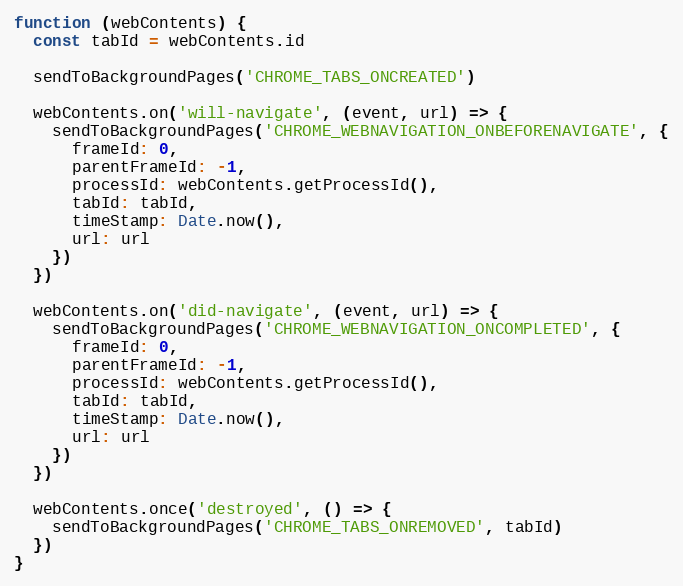
Language: JavaScript
function (webContents) {
  const tabId = webContents.id

  sendToBackgroundPages('CHROME_TABS_ONCREATED')

  webContents.on('will-navigate', (event, url) => {
    sendToBackgroundPages('CHROME_WEBNAVIGATION_ONBEFORENAVIGATE', {
      frameId: 0,
      parentFrameId: -1,
      processId: webContents.getProcessId(),
      tabId: tabId,
      timeStamp: Date.now(),
      url: url
    })
  })

  webContents.on('did-navigate', (event, url) => {
    sendToBackgroundPages('CHROME_WEBNAVIGATION_ONCOMPLETED', {
      frameId: 0,
      parentFrameId: -1,
      processId: webContents.getProcessId(),
      tabId: tabId,
      timeStamp: Date.now(),
      url: url
    })
  })

  webContents.once('destroyed', () => {
    sendToBackgroundPages('CHROME_TABS_ONREMOVED', tabId)
  })
}